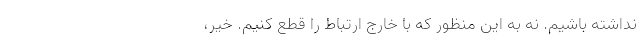
نداشته باشیم. نه به این منظور که با خارج ارتباط را قطع کنیم. خیر،